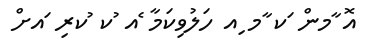
އޮ ާމން ަކ ާމ ިއ ހަލުވިކަމާ ެއ ުކ ުކރި ައށް